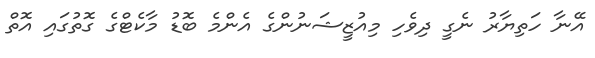
އޭނާ ހަތިޔާރު ނެގީ ދިވެހި މިއުޒީޝަނުންގެ އެންމެ ބޮޑު މާކެޓްގެ ގޮތުގައި އޮތް